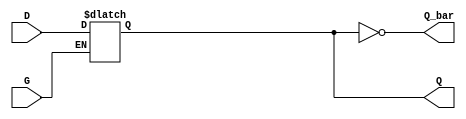
module GatedDLatch (
    input wire D,      // Data input
    input wire G,      // Gate / Enable input
    output reg Q,      // Output
    output wire Q_bar  // Complementary output
);

// Complementary output
assign Q_bar = ~Q;

// Always block to implement the behavior of the Gated D Latch
always @(*) begin
    if (G) begin
        Q = D;  // When G is high, Q follows D
    end
    // When G is low, Q retains its previous value (latch behavior)
end

endmodule